Scottish Leaving Certificate Examination, 1961
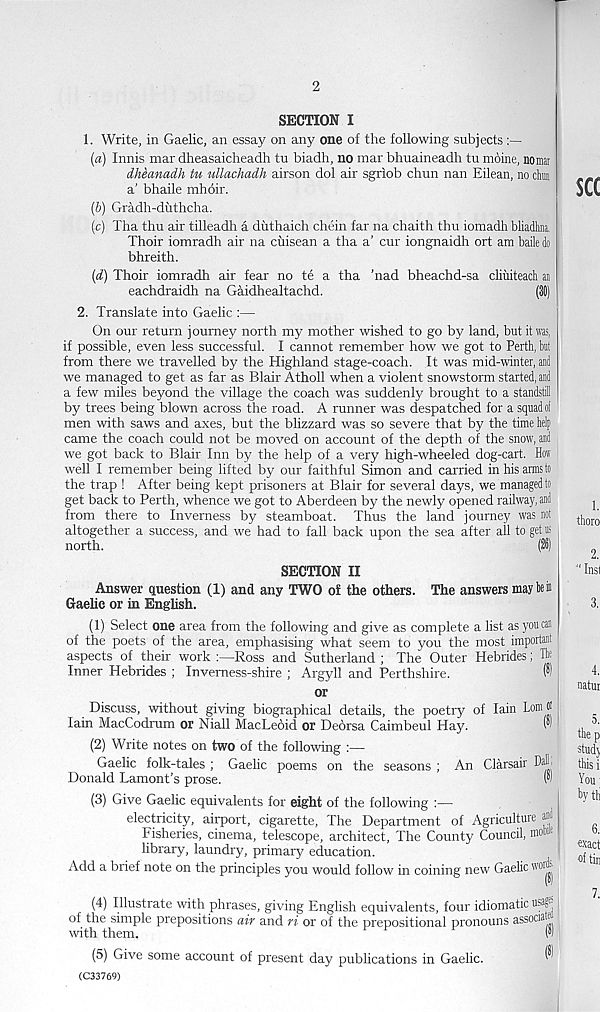
2
SECTION I
1. Write, in Gaelic, an essay on any one of the following subjects
(а) Innis mar dheasaicheadh tu biadh, no mar bhuaineadh tu moine, nomat
dheanadh tu ullachadh airson dol air sgriob chun nan Eilean, no dim
a’ bhaile mhoir.
(б) Gradh-duthcha.
(c) Tha thu air tilleadh a duthaich chein far na chaith thu iomadh bliadhna.
Thoir iomradh air na cuisean a tha a’ cur iongnaidh ort am baile do
bhreith.
(d) Thoir iomradh air fear no te a tha ’nad bheachd-sa cliuiteacli an
eachdraidh na Gaidhealtachd.
(38)
2. Translate into Gaelic :—
On our return journey north my mother wished to go by land, but it was,
if possible, even less successful. I cannot remember how we got to Perth, tat
from there we travelled by the Highland stage-coach. It was mid-winter, and
we managed to get as far as Blair Atholl when a violent snowstorm started, and
a few miles beyond the village the coach was suddenly brought to a standstill
by trees being blown across the road. A runner was despatched for a squad of
men with saws and axes, but the blizzard was so severe that by the time help
came the coach could not be moved on account of the depth of the snow, and
we got back to Blair Inn by the help of a very high-wheeled dog-cart. How
well I remember being lifted by our faithful Simon and carried in his arms to
the trap 1 After being kept prisoners at Blair for several days, we managed to
get back to Perth, whence we got to Aberdeen by the newly opened railway, and
from there to Inverness by steamboat. Thus the land journey was not
altogether a success, and we had to fall back upon the sea after all to get us
north.
(26)
SECTION II
Answer question (1) and any TWO of the others. The answers may tail
Gaelic or in Enghsh.
(1) Select one area from the following and give as complete a list as you can
of the poets of the area, emphasising what seem to you the most important
aspects of their work :—Ross and Sutherland ; The Outer Hebrides; the
Inner Hebrides ; Inverness-shire ; Argyll and Perthshire.
W
or
Discuss, without giving biographical details, the poetry of Iain Lom ®
Iain MacCodrum or Niall MacLebid or Deorsa Caimbeul Hay.
('
(2) Write notes on two of the following :—
Gaelic folk-tales ; Gaelic poems on the seasons ; An Clarsair Dah-
Donald Lamont’s prose.
(3) Give Gaelic equivalents for eight of the following :—
electricity, airport, cigarette, The Department of Agriculture ^
Fisheries, cinema, telescope, architect, The County Council, mow*
library, laundry, primary education.
Add a brief note on the principles you would follow in coining new Gaelic wo |( h
(4) Illustrate with phrases, giving English equivalents, four idiomatic usage
of the simple prepositions air and ri or of the prepositional pronouns associa.
with them.
(•I
(5) Give some account of present day publications in Gaelic.
^
(C33769)